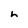
Character: h